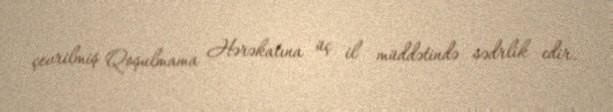
çevrilmiş Qoşulmama Hərəkatına üç il müddətində sədrlik edir.